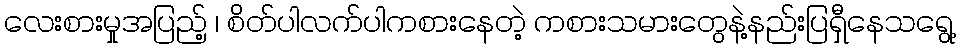
လေးစားမှုအပြည့် ၊ စိတ်ပါလက်ပါကစားနေတဲ့ ကစားသမားတွေနဲ့နည်းပြရှီနေသရွေ့